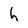
Character: h